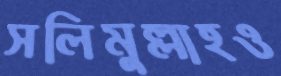
সলিমুল্লাহও